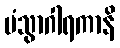
ပံသွာဂါရကာနိ